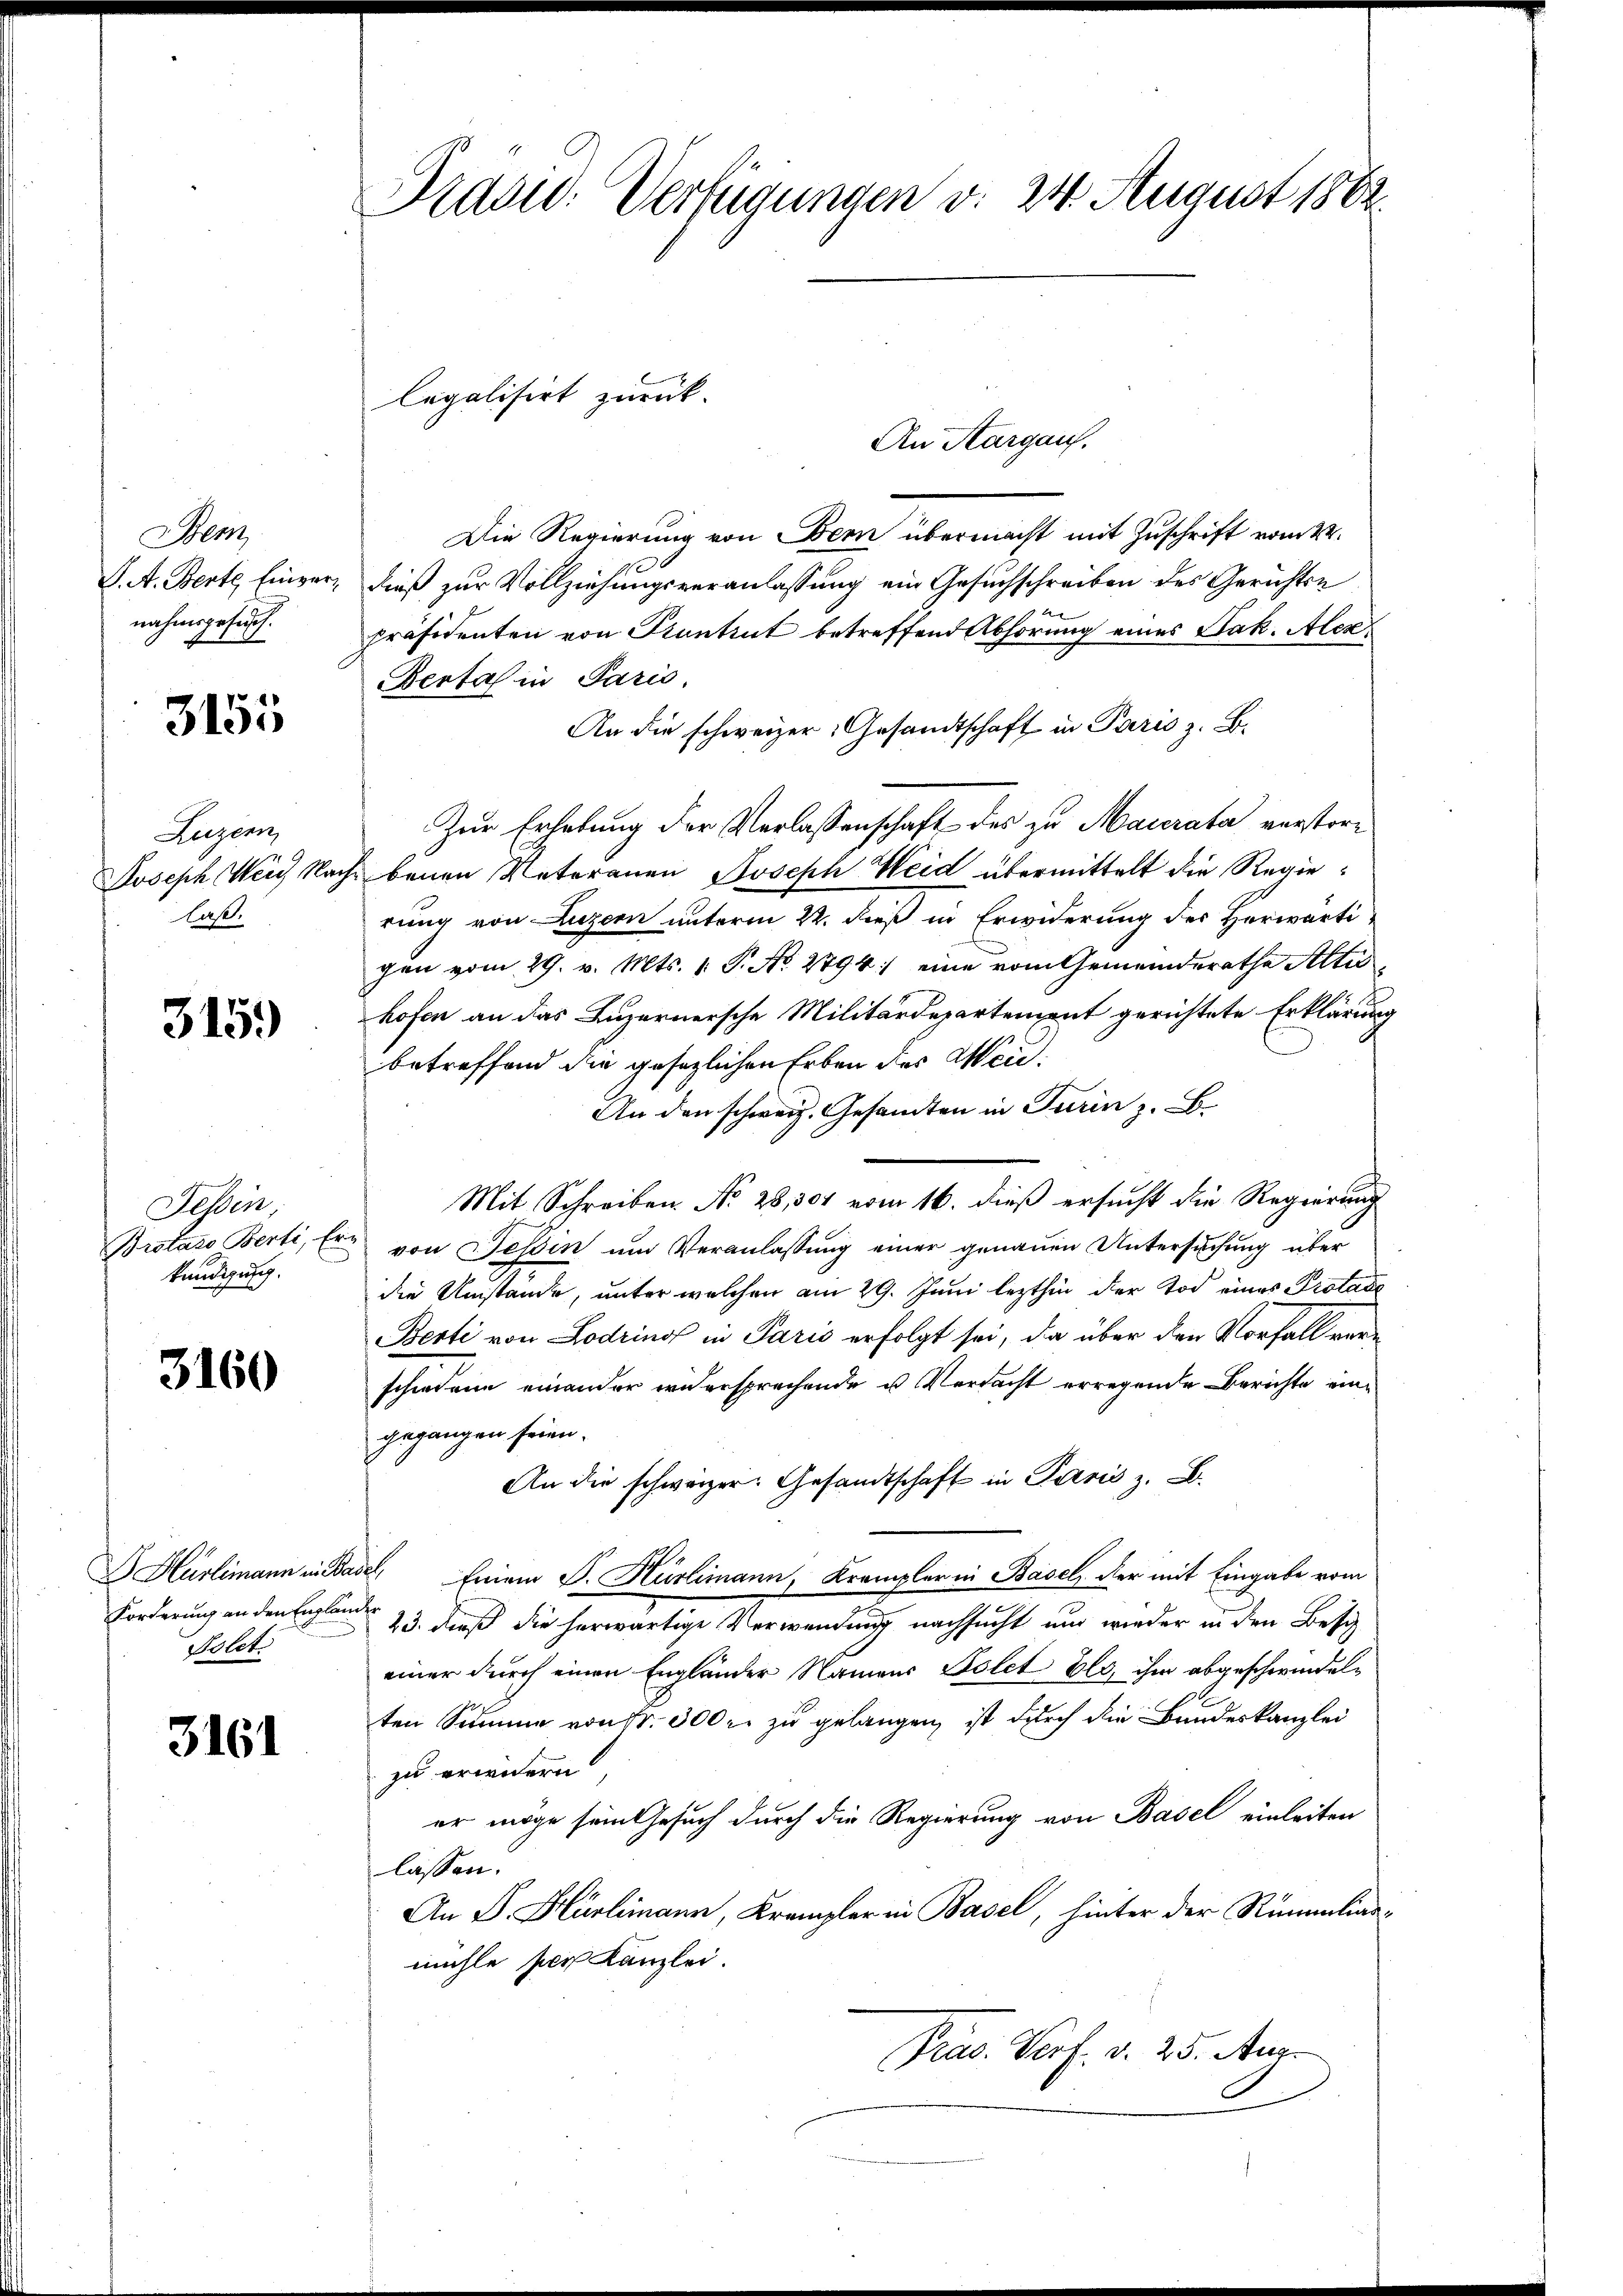
Bem
J. A. Berte Einvernahmsgesuch.

3155

Luzern
Joseph Wein Nach
laß.

315.

Tessin,
Brotato Berti, Er
kündigung.

3160

D Hürlimann in Bar
Forderung an den Englän
Polet.

3161

Präsid. Verfügungen v. 24. August 1882.

An Aargau.
Die Regierung von Bern übermacht mit Zuschrift vom 24.
dieß zur Vollziehungsveranlassung ein Gesuchschreiben des Gerichtse
präsidenten von Plantrut betreffend Abhörung eines Jak. Alex
Bertas in Paris.
An die schweizer Gesandtschaft in Paris z. B.
Zur Erhebung der Verlassenschaft des zu Mauerata verstorbenen Vaterauen Joseph Weid übermittelt die Regierung von Luzern unterm 22. dieß in Erwiderung des Herwärtigen vom 29. v. Mts. 1. P. No. 2794:/ eine vom Gemeinderathe Alti
hofen an das Luzernersche Militärdepartement gerichtete Erklärung
betreffend die gesezlichen Erben des Wei¬
An den schweiz. Gesamten in Turin z. B.
Mit Schreiben No. 28, 304 vom 16. dieß ersucht die Regierung
" von Tessin und Veranlassung einer genauen Untersuchung über
.
die Umstände, unter welchen am 29. Juni lezthin der Tod eines Protade
Berti von Lodrings in Paris erfolgt sei, da über den Vorfall verschiedene einander widersprechende u. Verdacht erregende Berichte eingegangen seien.
An die schwarzer. Gesandtschaft in Paris z. B.
de Einem J. Hürlimann, Krempler in Basel, der mit Eingabe vom
f
23. dieß die herwärtige Verwendung nachsucht und wieder in den Besiz
einer durch einen Engländer Namens Bolet Elo, ihm abgeschwindelten Summe von Fr. 300 r. zu gelangen, ist durch die Bundeskanzlei
zu erwidern.
er möge sein Gesuch durch die Regierung von Basel einleiten
lassen.
An D. Hürlimann, Krampler in Basel, hinter der Rümmlianmühle ser Kanzlei.
Pras. Verf. v. 25. Aus

legalisirt zurück.